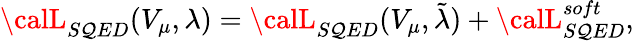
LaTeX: {\calL}_{S\mathcal{Q}ED}(V_{\mu},\lambda)={\calL}_{S\mathcal{Q}ED}(V_{\mu},\tilde{{\lambda}})+{\calL}_{S\mathcal{Q}ED}^{soft},